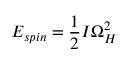
E _ { s p i n } = { \frac { 1 } { 2 } } I \Omega _ { H } ^ { 2 }